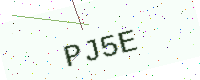
Text: PJ5E